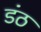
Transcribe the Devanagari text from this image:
डंठ